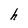
Character: h